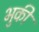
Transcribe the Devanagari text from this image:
भुकी